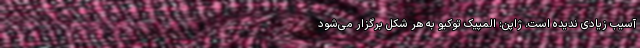
آسیب زیادی ندیده است. ژاپن: المپیک توکیو به هر شکل برگزار می‌شود